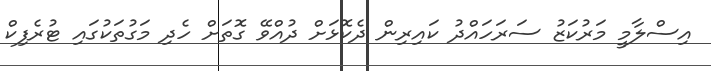
އިސްލާމީ މަރުކަޒު ސަރަހައްދު ކައިރިން ދެކޮޅަށް ދުއްވޭ ގޮތަށް ހެދި މަގުތަކުގައި ޓުރެފިކް